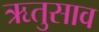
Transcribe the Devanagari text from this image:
ऋतुसाव